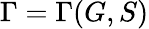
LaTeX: \Gamma=\Gamma(G,S)